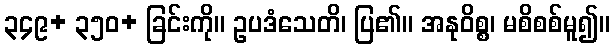
၃၄၉+ ၃၅၀+ ခြင်းကို။ ဥပဒံသေတိ၊ ပြ၏။ အနုဝိစ္စ၊ မစိစစ်မူ၍။